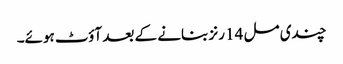
چندی مل 14 رنز بنانے کے بعد آؤٹ ہوئے۔